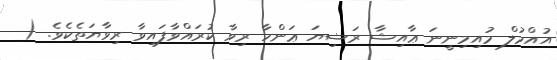
އުއްމުލް މުއިމިނީނަ ޢާއިޝާ ރަޟިޔަ ޢަންހާ ރިވާ ކުރައްވާފައިވާ ރިވާޔަތެކެވެ. (